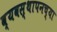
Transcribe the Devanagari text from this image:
व्यवस्थापनच्या